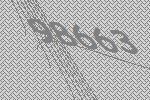
98663